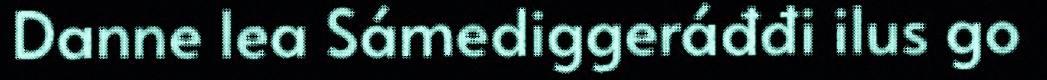
Danne lea Sámediggeráđđi ilus go